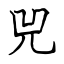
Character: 兕